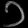
Digit: ၁